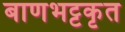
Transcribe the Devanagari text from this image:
बाणभट्टकृत